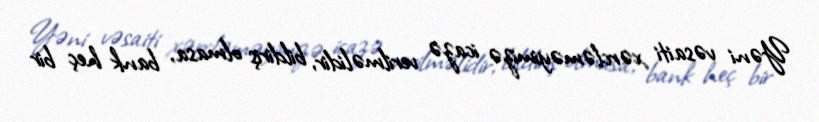
Yəni vəsaiti xərcləməyimizə icazə verilməlidir, bildiriş olmasa, bank heç bir